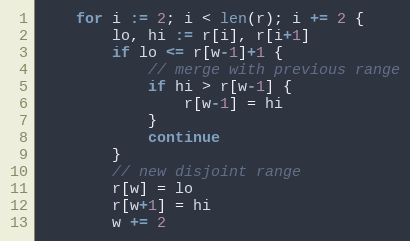
Language: Go
	for i := 2; i < len(r); i += 2 {
		lo, hi := r[i], r[i+1]
		if lo <= r[w-1]+1 {
			// merge with previous range
			if hi > r[w-1] {
				r[w-1] = hi
			}
			continue
		}
		// new disjoint range
		r[w] = lo
		r[w+1] = hi
		w += 2